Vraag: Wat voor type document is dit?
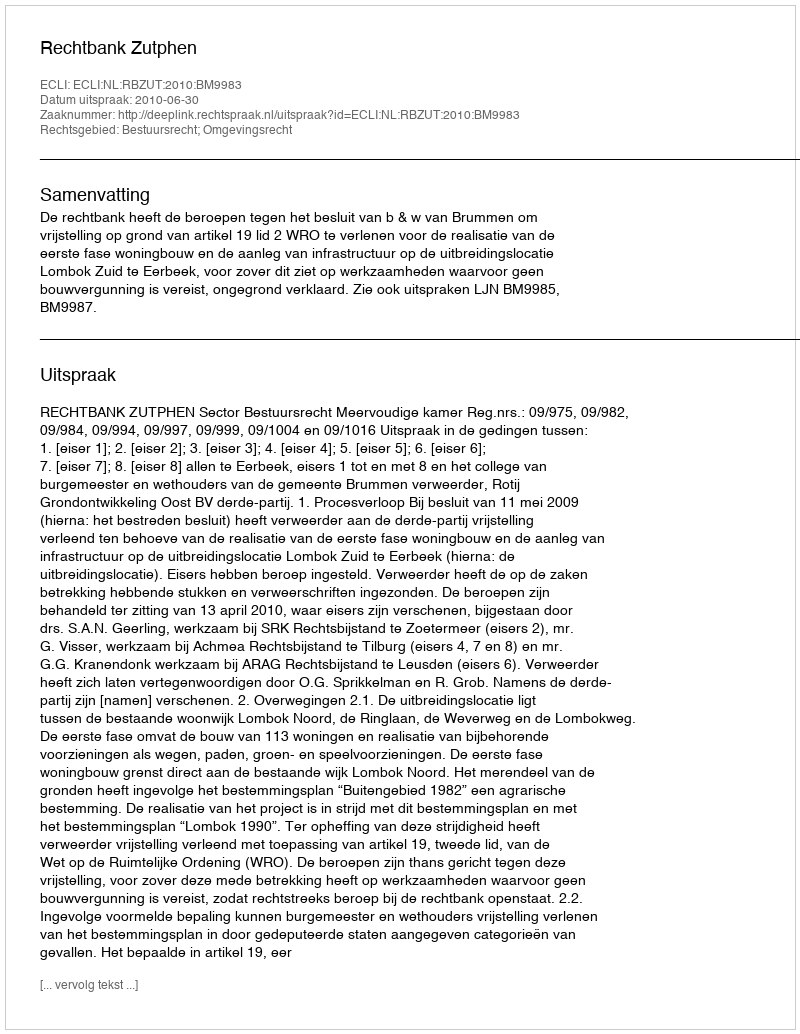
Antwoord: Uitspraak